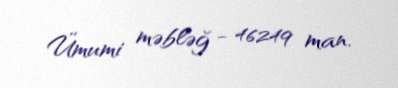
Ümumi məbləğ - 46249 man.